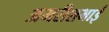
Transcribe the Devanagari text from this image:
अमरीशभाई